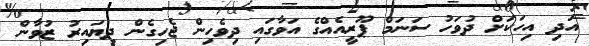
އަދި އިހަކަށް ދުވަހު ސަނަމް ޕޫރީއެއްގެ އަވާގައި ދިވެހިން ޖެހިގެން ދިޔައިރު ޒުވާން